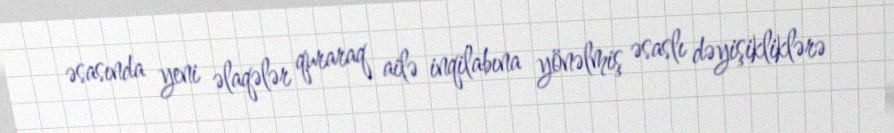
əsasında yeni əlaqələr quraraq ailə inqilabına yönəlmiş əsaslı dəyişikliklərə